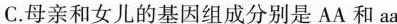
C.母亲和女儿的基因组成分别是 AA 和 aa